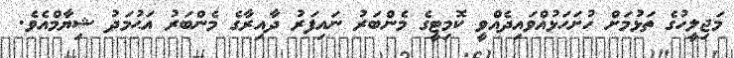
މަޖިލީހުގެ ތަޅުމަށް ހުށަހަޅުއްވައިދެއްވީ ކޮމިޓީގެ މެންބަރު ނައިފަރު ދާއިރާގެ މެންބަރު އަޙުމަދު ޝިޔާމްއެވެ.